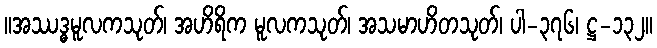
။အဿဒ္ဓမူလကသုတ်၊ အဟိရိက မူလကသုတ်၊ အသမာဟိတသုတ်၊ ပါ-၃၇၆၊ ဋ္ဌ-၁၃၂။